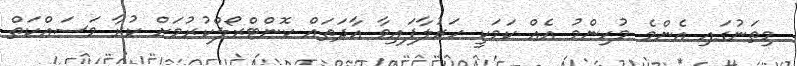
މިތަނުގައި އެންމެ މުހިންމު އެއް ކަމަކީ ހަރުލާފައިވާ އާދަތައް ކޮންޓްރޯލްކުރުމަށް ކުރާ މަސައްކަތް